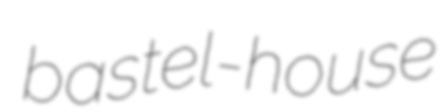
bastel-house